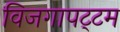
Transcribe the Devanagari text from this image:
विजगापट्‌टम